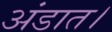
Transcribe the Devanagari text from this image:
अंडात।